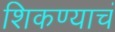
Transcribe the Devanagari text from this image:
शिकण्याचं